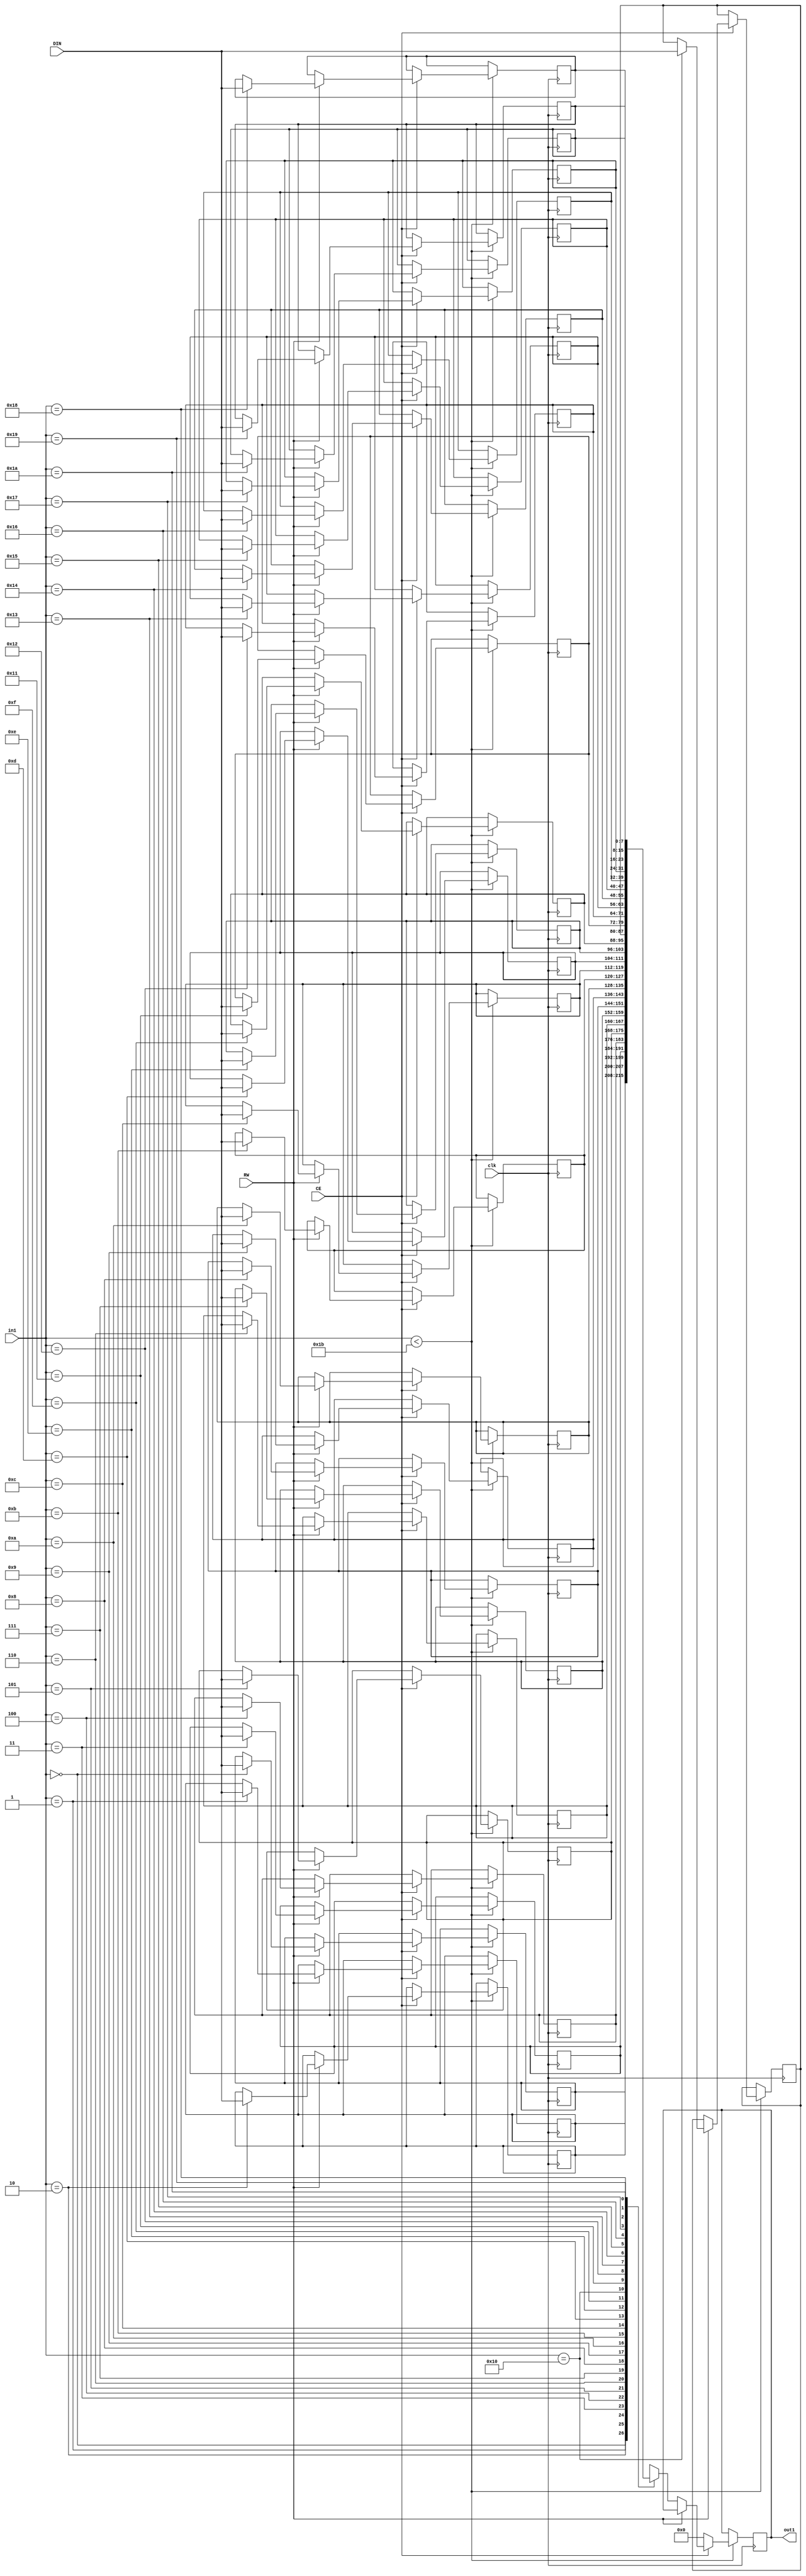
// Generated by stratus_hls 21.20-p100  (96289.240513)
// Mon May 15 09:19:21 2023
// from ../Filter.cpp

`timescale 1ps / 1ps


module Filter_RAM_27X8_3( DIN, CE, RW, in1, out1, clk );

    input [7:0] DIN;
    input CE;
    input RW;
    input [4:0] in1;
    input clk;
    output [7:0] out1;
    reg [7:0] out1;
    reg[7:0] mem[26:0];

    
always @(posedge clk)
      begin : Filter_RAM_27X8_3_thread_1
        if (in1 < 5'd27) 
          begin
            if (CE) 
              begin
                if (RW) 
                  begin
                    mem[in1] = DIN;
                  end 
                else 
                  begin
                    out1 <= mem[in1];
                  end
              end 
            else 
              begin
                out1 <= 8'd000;
              end
          end 
      end

endmodule